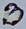
Text: B